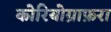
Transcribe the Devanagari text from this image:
कोरियोग्राफ़रा